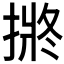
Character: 𭡯